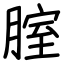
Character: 腟